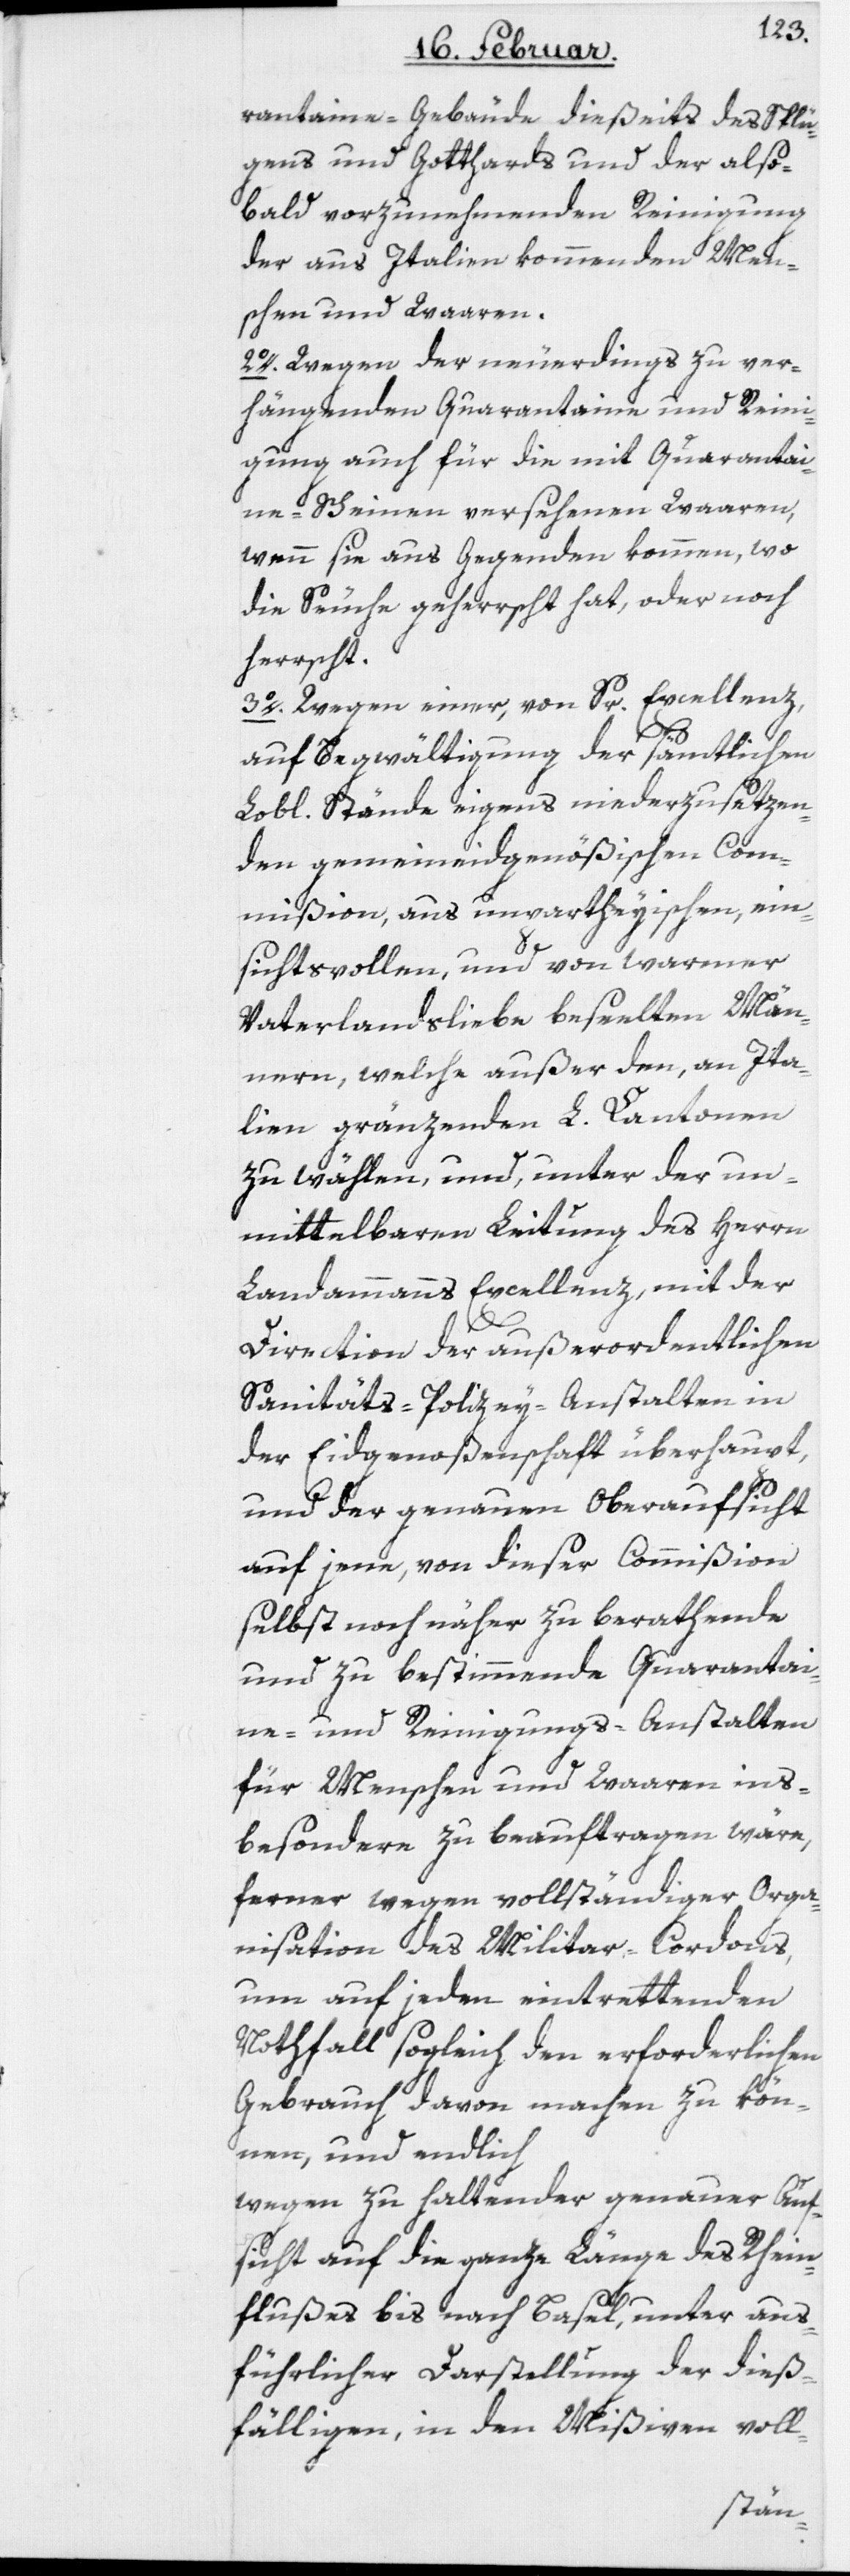
rantaine-Gebäude dießeits des Splü¬
gens und Gotthards und der also¬
bald vorzunehmenden Reinigung
der aus Italien kommenden Mens¬
chen und Waaren.
2o. Wegen der neuerdings zu ver¬
hängenden Quarantaine und Reini¬
gung auch für die mit Quarantai¬
ne-Scheinen versehenen Waaren,
wenn sie aus Gegenden kommen, wo
die Seuche geherrscht hat, oder noch
herrscht.
3o. Wegen einer, von Sr. Excellenz,
auf Begwältigung der sämtlichen
Lobl. Stände eigens niederzusetzen¬
den gemeineidgenößischen Com¬
mißion, aus unpartheyischen, ein¬
sichtsvollen, und von warmer
Vaterlandsliebe beseelten Män¬
nern, welche außer den, an Ita¬
lien gränzenden L. Cantonen
zu wählen, und, unter der un¬
mittelbaren Leitung des Herrn
Landammanns Excellenz, mit der
Direction der außerordentlichen
Sanitäts-Polizey-Anstalten in
der Eidgenoßenschaft überhaupt,
und der genauen Oberaufsicht
auf jene, von dieser Commißion
selbst noch näher zu berathende
und zu bestimmende Quarantai¬
ne- und Reinigungs-Anstalten
für Menschen und Waaren ins¬
besondere zu beauftragen wäre,
ferner wegen vollständiger Orga¬
nisation des Militar-Cordons,
um auf jeden eintrettenden
Nothfall sogleich den erforderlichen
Gebrauch davon machen zu kön¬
nen, und endlich
wegen zu haltender genauer Auf¬
sicht auf die ganze Länge des Rhein¬
flußes bis nach Basel, unter aus¬
führlicher Darstellung der dieß¬
fälligen, in den Mißiven voll-